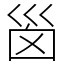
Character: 𡿺